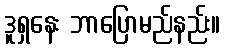
ဒူရှနေး ဘာပြောမည်နည်း။